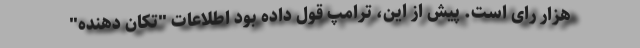
هزار رای است. پیش از این، ترامپ قول داده بود اطلاعات "تکان دهنده"